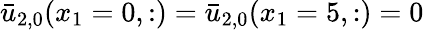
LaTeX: \bar{u}_{2,0}(x_{1}=0,:)=\bar{u}_{2,0}(x_{1}=5,:)=0